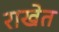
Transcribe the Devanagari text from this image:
राखेत